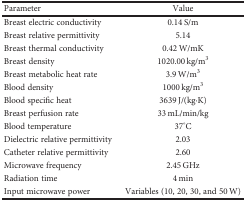
<table><thead><tr><td><b>Parameter</b></td><td><b>Value</b></td></tr></thead><tbody><tr><td>Breast electric conductivity</td><td>0.14 S/m</td></tr><tr><td>Breast relative permittivity</td><td>5.14</td></tr><tr><td>Breast thermal conductivity</td><td>0.42 W/mK</td></tr><tr><td>Breast density</td><td>1020.00 kg/m<sup>3</sup></td></tr><tr><td>Breast metabolic heat rate</td><td>3.9 W/m<sup>3</sup></td></tr><tr><td>Blood density</td><td>1000 kg/m<sup>3</sup></td></tr><tr><td>Blood specific heat</td><td>3639 J/(kg·K)</td></tr><tr><td>Breast perfusion rate</td><td>33 mL/min/kg</td></tr><tr><td>Blood temperature</td><td>37°C</td></tr><tr><td>Dielectric relative permittivity</td><td>2.03</td></tr><tr><td>Catheter relative permittivity</td><td>2.60</td></tr><tr><td>Microwave frequency</td><td>2.45 GHz</td></tr><tr><td>Radiation time</td><td>4 min</td></tr><tr><td>Input microwave power</td><td>Variables (10, 20, 30, and 50 W)</td></tr></tbody></table>